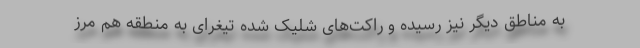
به مناطق دیگر نیز رسیده و راکت‌های شلیک شده تیغرای به منطقه هم مرز